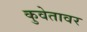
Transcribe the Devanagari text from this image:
कुवेतावर